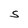
Character: S